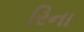
રિના